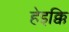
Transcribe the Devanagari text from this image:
हेइक्कि